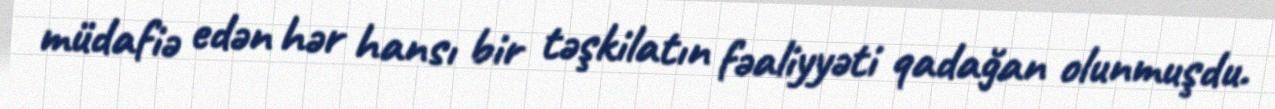
müdafiə edən hər hansı bir təşkilatın fəaliyyəti qadağan olunmuşdu.